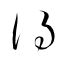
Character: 得